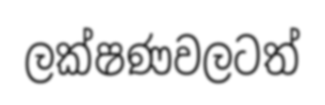
ලක්ෂණවලටත්